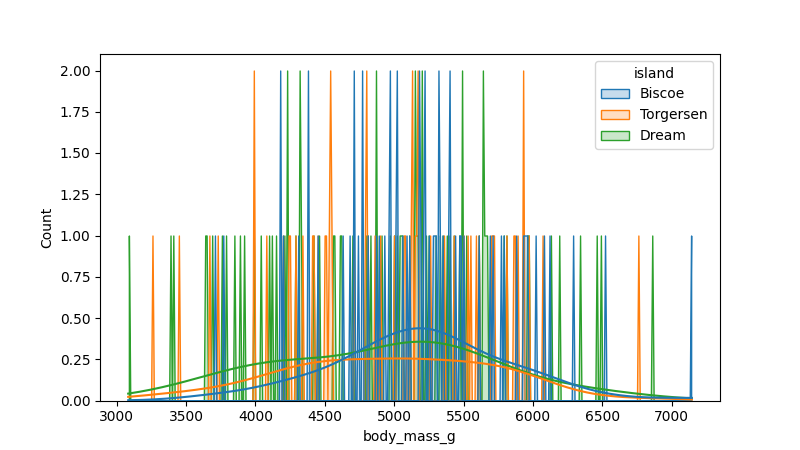
python, seaborn, histplot, hue='island', binwidth=10, bins='10', element='poly'